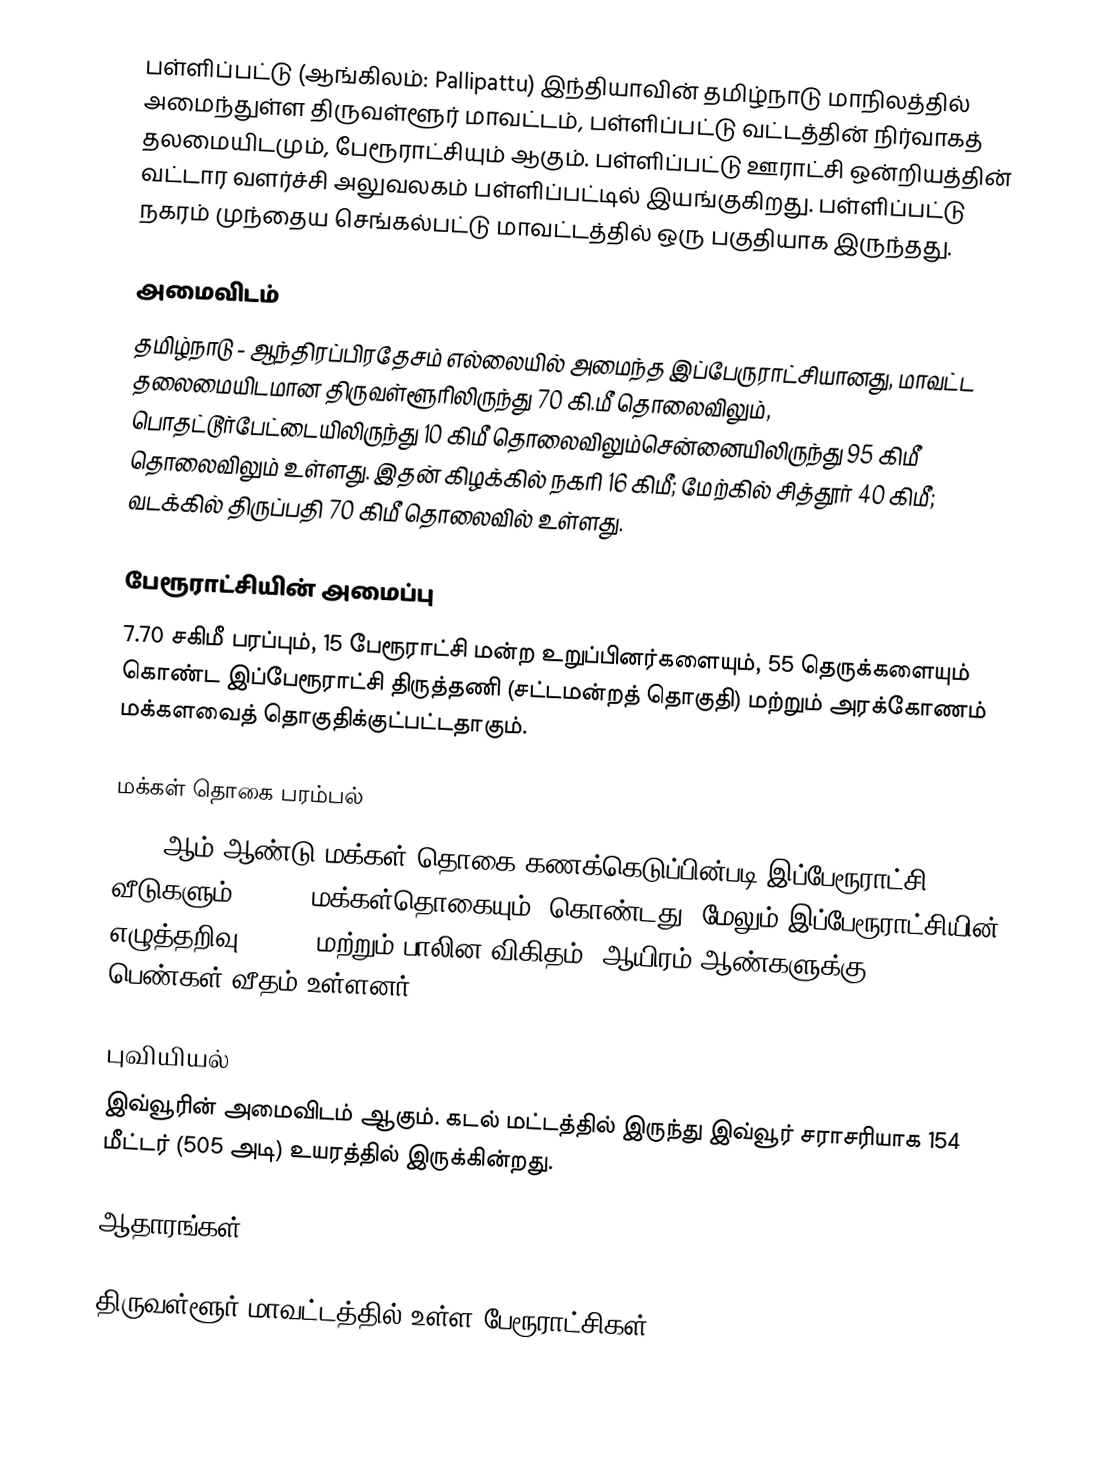
பள்ளிப்பட்டு (ஆங்கிலம்: Pallipattu) இந்தியாவின் தமிழ்நாடு மாநிலத்தில் அமைந்துள்ள திருவள்ளூர் மாவட்டம், பள்ளிப்பட்டு வட்டத்தின் நிர்வாகத் தலமையிடமும், பேரூராட்சியும் ஆகும். பள்ளிப்பட்டு ஊராட்சி ஒன்றியத்தின் வட்டார வளர்ச்சி அலுவலகம் பள்ளிப்பட்டில் இயங்குகிறது. பள்ளிப்பட்டு நகரம் முந்தைய செங்கல்பட்டு மாவட்டத்தில் ஒரு பகுதியாக இருந்தது.

அமைவிடம்
தமிழ்நாடு - ஆந்திரப்பிரதேசம் எல்லையில் அமைந்த இப்பேருராட்சியானது, மாவட்ட தலைமையிடமான திருவள்ளூரிலிருந்து 70 கி.மீ தொலைவிலும், பொதட்டூர்பேட்டையிலிருந்து 10 கிமீ தொலைவிலும்சென்னையிலிருந்து 95 கிமீ தொலைவிலும் உள்ளது. இதன் கிழக்கில் நகரி 16 கிமீ; மேற்கில் சித்தூர் 40 கிமீ; வடக்கில் திருப்பதி 70 கிமீ தொலைவில் உள்ளது.

பேரூராட்சியின் அமைப்பு
7.70 சகிமீ பரப்பும்,   15  பேரூராட்சி மன்ற உறுப்பினர்களையும், 55 தெருக்களையும்  கொண்ட இப்பேரூராட்சி திருத்தணி  (சட்டமன்றத் தொகுதி) மற்றும் அரக்கோணம் மக்களவைத் தொகுதிக்குட்பட்டதாகும்.

மக்கள் தொகை பரம்பல்
2011-ஆம் ஆண்டு மக்கள் தொகை கணக்கெடுப்பின்படி   இப்பேரூராட்சி     1,979  வீடுகளும், 8,721 மக்கள்தொகையும், கொண்டது. மேலும் இப்பேரூராட்சியின் எழுத்தறிவு 82.30%  மற்றும்  பாலின விகிதம், ஆயிரம் ஆண்களுக்கு, 1024  பெண்கள் வீதம் உள்ளனர்.

புவியியல்
இவ்வூரின் அமைவிடம்  ஆகும். கடல் மட்டத்தில் இருந்து இவ்வூர் சராசரியாக 154 மீட்டர் (505 அடி) உயரத்தில் இருக்கின்றது.

ஆதாரங்கள்

திருவள்ளூர் மாவட்டத்தில் உள்ள பேரூராட்சிகள்